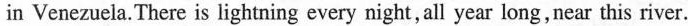
in Venezuela.There is lightning every night, all year long,near this river.